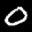
Label: 0